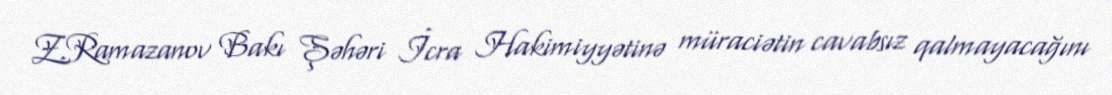
Z.Ramazanov Bakı Şəhəri İcra Hakimiyyətinə müraciətin cavabsız qalmayacağını